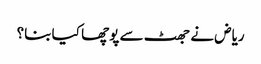
ریاض نے جھٹ سے پوچھا کیا بنا؟